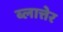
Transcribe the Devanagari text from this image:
ब्लात्तेर